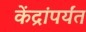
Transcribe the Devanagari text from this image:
केंद्रांपर्यंत